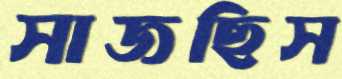
সাজছিস